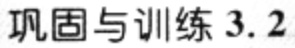
巩固与训练 3.2